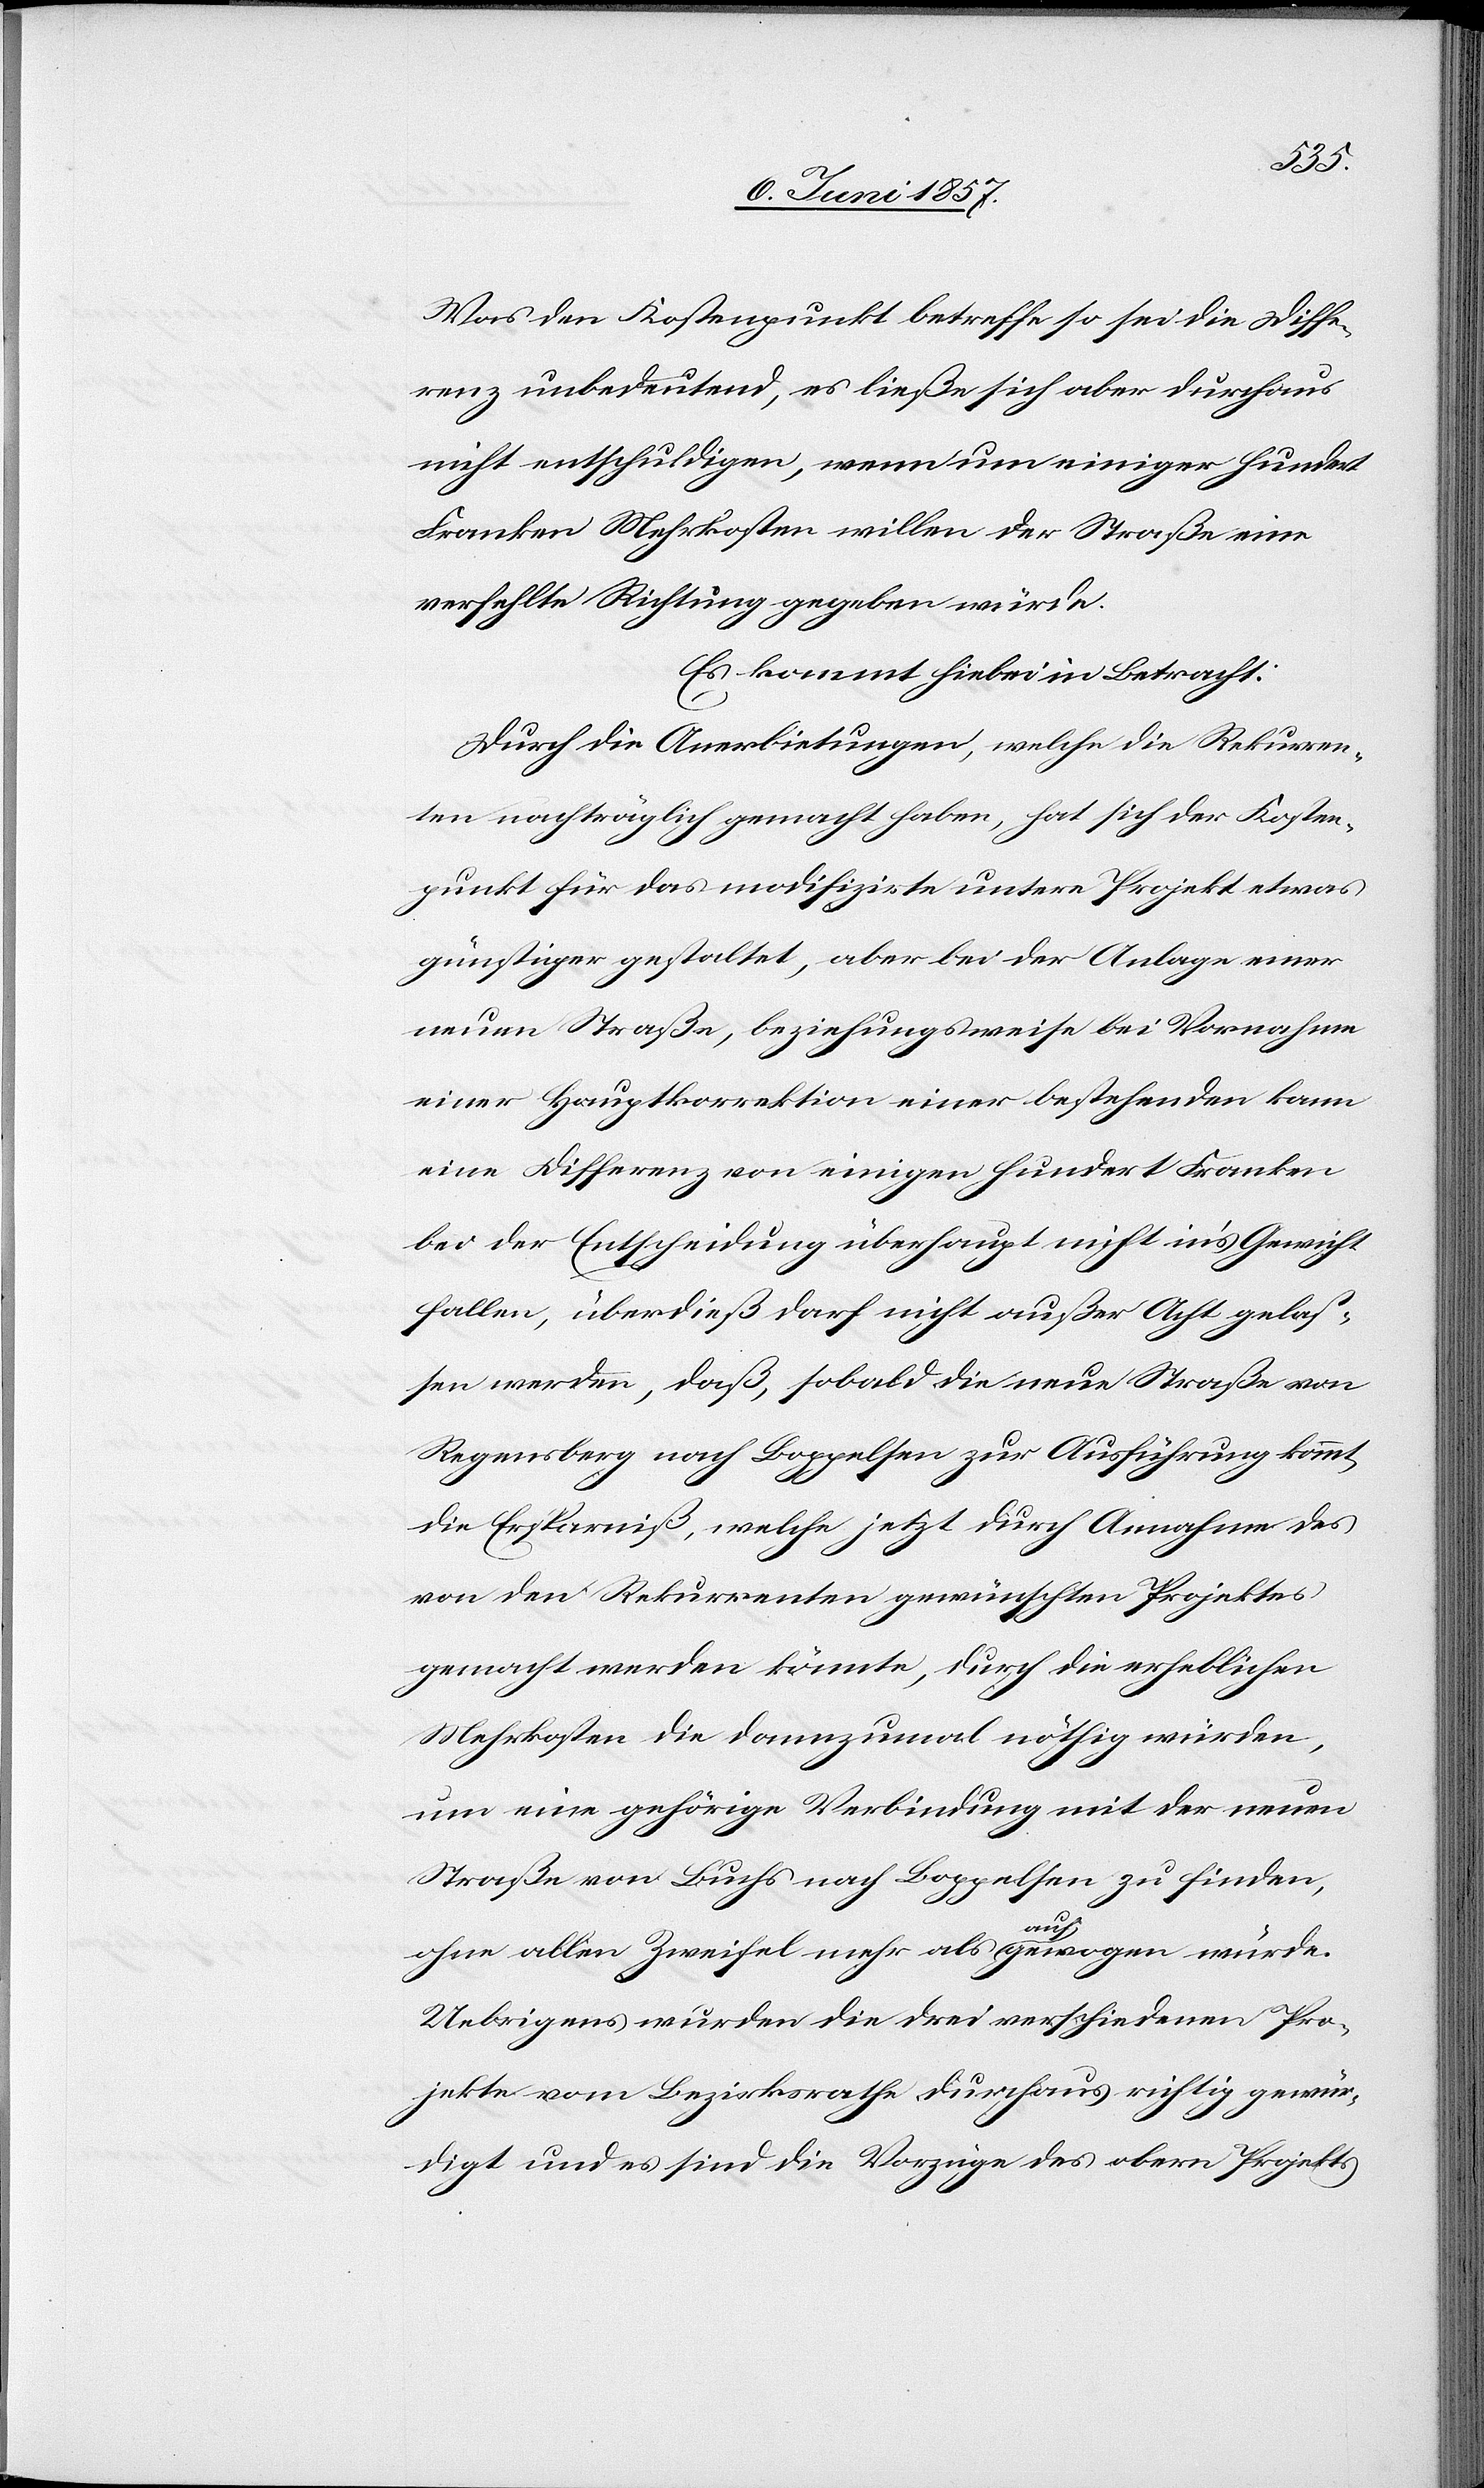
Was den Kostenpunkt betreffe so sei die Diffe¬
renz unbedeutend, es ließe sich aber durchaus
nicht entschuldigen, wenn um einiger Hundert
Franken Mehrkosten willen der Straße eine
verfehlte Richtung gegeben würde.
Es kommt hiebei in Betracht:
Durch die Anerbietungen, welche die Rekurren¬
ten nachträglich gemacht haben, hat sich der Kosten¬
punkt für das modifizirte untere Projekt etwas
günstiger gestaltet, aber bei der Anlage einer
neuen Straße, beziehungsweise bei Vornahme
einer Hauptkorrektion einer bestehenden kann
eine Differenz von einigen Hundert Franken
bei der Entscheidung überhaupt nicht in’s Gewicht
fallen, überdieß darf nicht außer Acht gelas¬
sen werden, daß, sobald die neue Straße von
Regensberg nach Boppelsen zur Ausführung kommt
die Ersparniß, welche jetzt durch Annahme des
von den Rekurrenten gewünschten Projektes
gemacht werden könnte, durch die erheblichen
Mehrkosten die dannzumal nöthig würden,
um eine gehörige Verbindung mit der neuen
Straße von Buchs nach Boppelsen zu finden,
ohne allen Zweifel mehr als aufgewogen würde.
Uebrigens wurden die drei verschiedenen Pro¬
jekte vom Bezirksrathe durchaus richtig gewür¬
digt und es sind die Vorzüge des obern Projekts